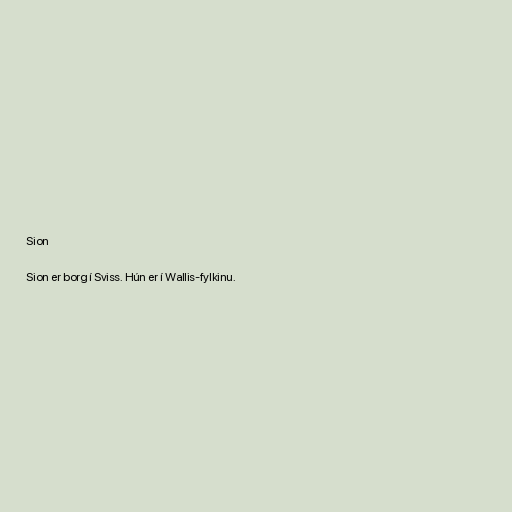
Sion

Sion er borg í Sviss. Hún er í Wallis-fylkinu.